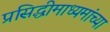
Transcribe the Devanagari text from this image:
प्रसिद्धीमाध्यमांच्या